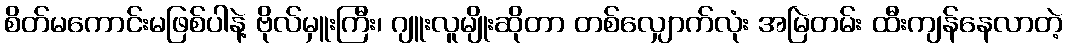
စိတ်မကောင်းမဖြစ်ပါနဲ့ ဗိုလ်မှူးကြီး၊ ဂျူးလူမျိုးဆိုတာ တစ်လျှောက်လုံး အမြဲတမ်း ထီးကျန်နေလာတဲ့